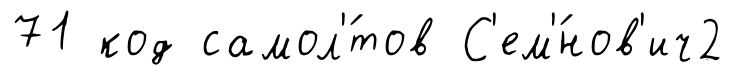
71 код самол'́тов С'ем'́нов'ич2